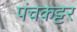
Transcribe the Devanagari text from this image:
पंचकट्टर